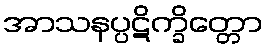
အာသနပ္ပဋိက္ခိတ္တော